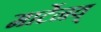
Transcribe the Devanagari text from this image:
मार्टेनव्